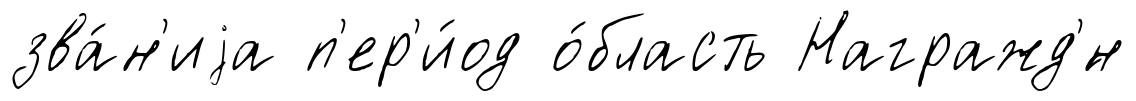
зва́н'иjа п'ер'и́од о́бласть Награжд'́н